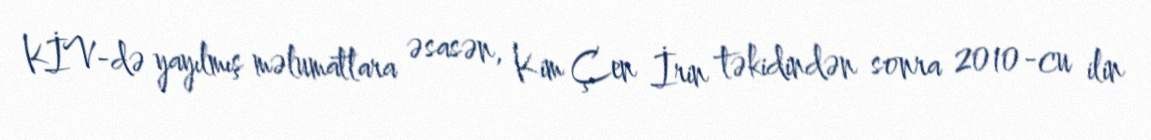
KİV-də yayılmış məlumatlara əsasən, Kim Çen İrin təkidindən sonra 2010-cu ilin